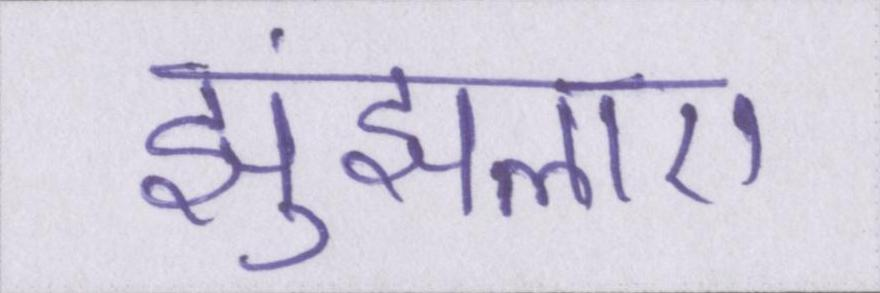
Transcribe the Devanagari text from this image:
झुंझलाए